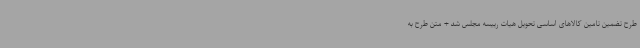
طرح تضمین تامین کالاهای اساسی تحویل هیات رییسه مجلس شد + متن طرح به